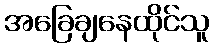
အခြေချနေထိုင်သူ